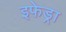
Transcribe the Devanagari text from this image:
इफेड्रा